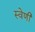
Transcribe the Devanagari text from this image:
स्वेणी